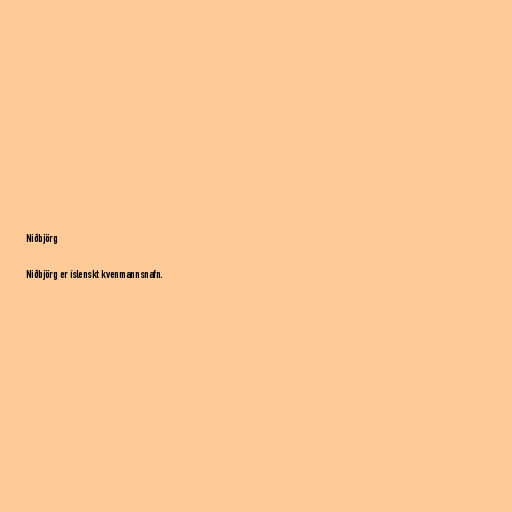
Niðbjörg

Niðbjörg er íslenskt kvenmannsnafn.